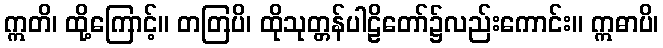
ဣတိ၊ ထို့ကြောင့်။ တတြပိ၊ ထိုသုတ္တန်ပါဠိတော်၌လည်းကောင်း။ ဣဓာပိ၊